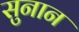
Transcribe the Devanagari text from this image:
सुनान